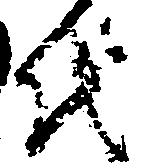
代